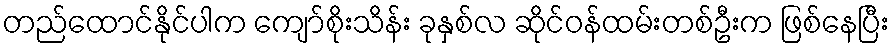
တည်ထောင်နိုင်ပါက ကျော်စိုးသိန်း ခုနှစ်လ ဆိုင်ဝန်ထမ်းတစ်ဦးက ဖြစ်နေပြီး